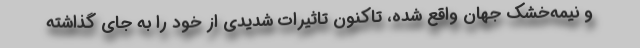
و نیمه‌خشک جهان واقع شده، تاکنون تاثیرات شدیدی از خود را به جای گذاشته